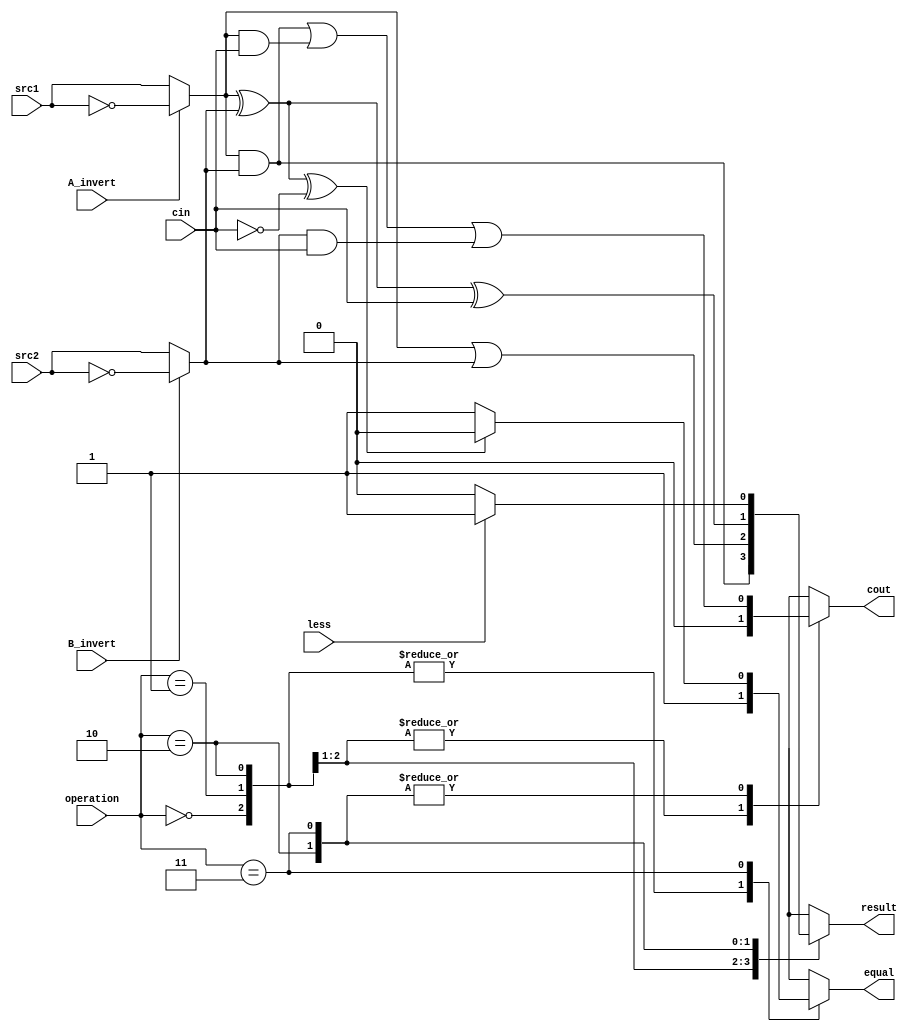
`timescale 1ns/1ps

//////////////////////////////////////////////////////////////////////////////////
// Company: 
// Engineer: 
// 
// Design Name: 
// Module Name:    alu_top 

// Project Name: 
// Target Devices: 
// Tool versions: 
// Description: 
//
// Dependencies: 
//
// Revision: 
// Revision 0.01 - File Created
// Additional Comments: 
//
//////////////////////////////////////////////////////////////////////////////////

module alu_top(
               src1,       //1 bit source 1 (input)
               src2,       //1 bit source 2 (input)
               less,       //1 bit less     (input)
               A_invert,   //1 bit A_invert (input)
               B_invert,   //1 bit B_invert (input)
               cin,        //1 bit carry in (input)
               operation,  //operation      (input)
               result,     //1 bit result   (output)
               cout,       //1 bit carry out(output)
					equal
               );

input         src1;
input         src2;
input         less;
input         A_invert;
input         B_invert;
input         cin;
input [2-1:0] operation;

output        result;
output        cout;
output 		  equal;

reg           result;
reg           cout;
reg 			  tmp1, tmp2;
reg 			  equal;


always@( * )
begin
	if(A_invert) tmp1 = ~src1;
	else tmp1 = src1;
	if(B_invert) tmp2 = ~src2;
	else tmp2 = src2;
	case(operation)
		2'b00: begin
					result = tmp1 & tmp2; 
					cout = 1'b0;
					equal = 1'b1;
				 end
		2'b01: begin
					result = tmp1 | tmp2; 
					cout = 1'b0;
					equal = 1'b1;
				 end
		2'b10: begin
					result = tmp1 ^ tmp2 ^ cin;
					cout = (tmp1 & tmp2) | (tmp1 & cin) | (tmp2 & cin);
					equal = 1'b1;
				 end
		3'b11: begin
					if(less) result = 1'b1;
					else result = 1'b0;
					cout = (tmp1 & tmp2) | (tmp1 & cin) | (tmp2 & cin);
					if(tmp1 ^ tmp2 ^ cin == 1'b0) equal = 1'b0;
					else equal = 1'b1;
				 end
	endcase
end

endmodule